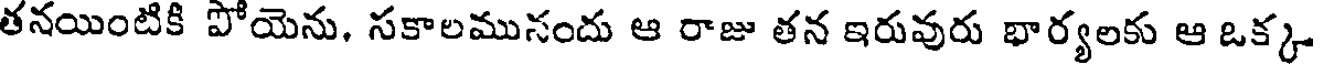
తనయింటికి పోయెను, సకాలమునందు ఆ రాజు తన ఇరువురు భార్యలకు ఆ ఒక్క